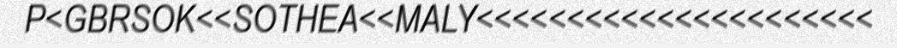
P<GBRSOK<<SOTHEA<<MALY<<<<<<<<<<<<<<<<<<<<<<